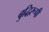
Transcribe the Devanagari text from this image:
बुद्धिरूपी